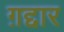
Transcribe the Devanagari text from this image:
ग़द्दार